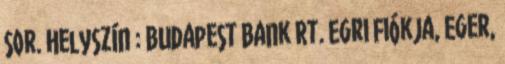
sor. Helyszín : Budapest Bank Rt. Egri Fiókja, Eger,